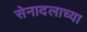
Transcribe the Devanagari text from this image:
सेनादलाच्या